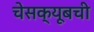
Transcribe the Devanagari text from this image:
चेसक्यूबची